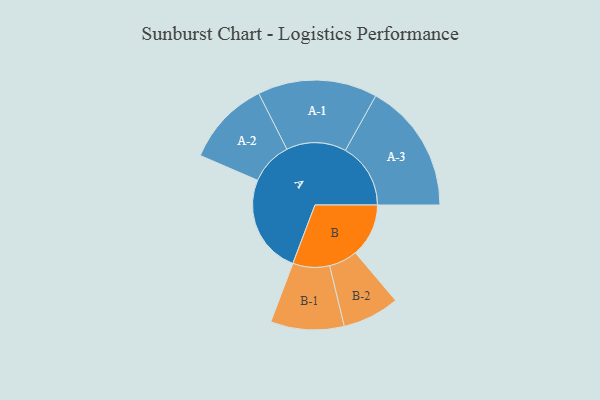
{"axis": {"x": "Segment", "y": "Value"}, "legend": ["", "A", "B"], "data": [{"x": "A", "y": 383, "type": ""}, {"x": "B", "y": 206, "type": ""}, {"x": "A-1", "y": 231, "type": "A"}, {"x": "A-2", "y": 165, "type": "A"}, {"x": "A-3", "y": 252, "type": "A"}, {"x": "B-1", "y": 142, "type": "B"}, {"x": "B-2", "y": 110, "type": "B"}]}